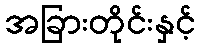
အခြားတိုင်းနှင့်